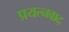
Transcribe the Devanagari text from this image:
प्रयत्नवाद